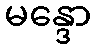
မန္ဒော